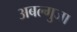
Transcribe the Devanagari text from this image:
अबल्गुजा